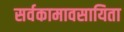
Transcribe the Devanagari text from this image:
सर्वकामावसायिता